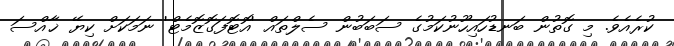
ކުރެއެވެ. މި ގޮތުން ބަނޑުހައިހޫނުކަމުގެ ސަބަބުން ސެލްތައް 'އޮޓޮފަގޮޒޮމެޓް' ނަމަކަށް ކިޔޭ ޚާއްސަ